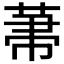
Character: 𦲅